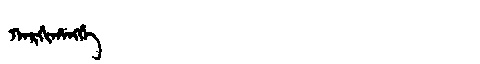
Manchu: ᡴᠠᡵᡤᡳᡥᠠᠩᡤᡝ
Romanization: KARGIHANGGE